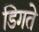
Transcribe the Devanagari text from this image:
डिगते